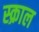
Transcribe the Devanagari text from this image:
स्क्राल